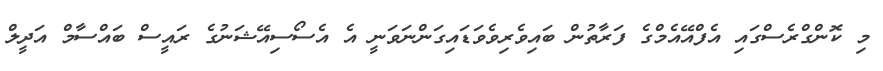
މި ކޮންގްރެސްގައި އެފްއޭއެމްގެ ފަރާތުން ބައިވެރިވެވަޑައިގަންނަވަނީ އެ އެސޯސިއޭޝަނުގެ ރައީސް ބައްސާމް އަދީލް